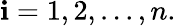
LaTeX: \mathbf{i}=1,2,...,n.